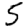
Digit: 5